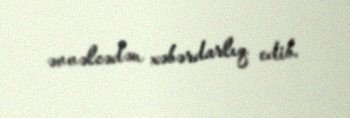
əvvəlcədən xəbərdarlıq edib.